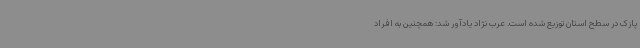
پازک در سطح استان توزیع شده است. عرب نژاد یادآور شد: همچنین به افراد